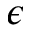
\epsilon